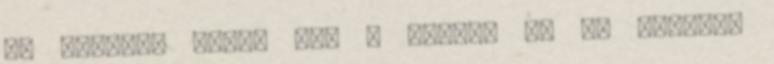
az oltáron áldja meg a díjat. Be is mentek,